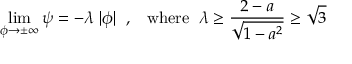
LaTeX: \operatorname * { l i m } _ { \phi \to \pm \infty } \psi = - \lambda \; | \phi | \; \; , \; \; \; \mathrm { w h e r e } \; \; \lambda \ge \frac { 2 - a } { \sqrt { 1 - a ^ { 2 } } } \ge \sqrt { 3 }